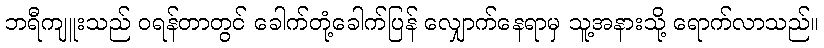
ဘရီကျူးသည် ဝရန်တာတွင် ခေါက်တုံ့ခေါက်ပြန် လျှောက်နေရာမှ သူ့အနားသို့ ရောက်လာသည်။